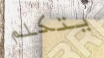
يتكلم